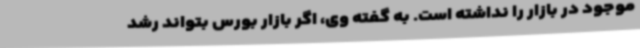
موجود در بازار را نداشته است. به گفته وی، اگر بازار بورس بتواند رشد